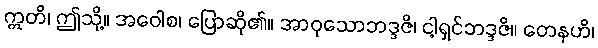
ဣတိ၊ ဤသို့။ အဝေါစ၊ ပြောဆို၏။ အာဝုသောဘဒ္ဒဇိ၊ ငါ့ရှင်ဘဒ္ဒဇိ။ တေနဟိ၊